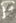
P